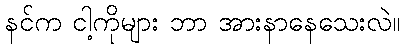
နင်က ငါ့ကိုများ ဘာ အားနာနေသေးလဲ။